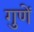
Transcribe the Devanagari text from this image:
गुणें